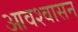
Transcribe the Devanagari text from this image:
आवश्‍वासन